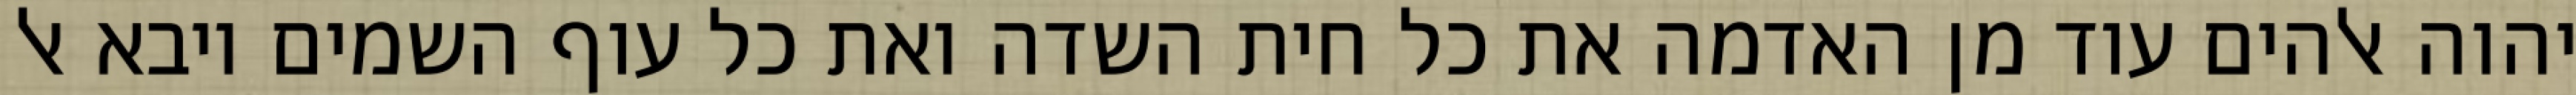
יהוה אלהים עוד מן האדמה את כל חית השדה ואת כל עוף השמים ויבא אל